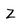
Character: Z